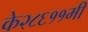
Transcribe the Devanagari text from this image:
के२८६११मी